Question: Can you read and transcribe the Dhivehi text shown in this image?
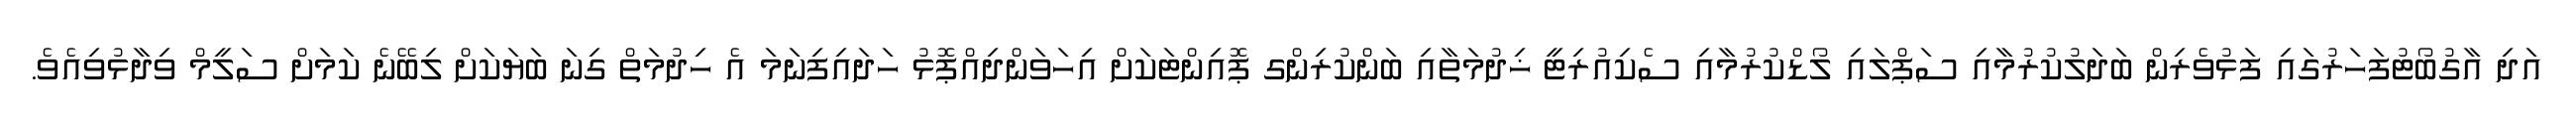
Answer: އަދި އާގުބޯޓުފަހަރުގައި ފަޅުވެރިން ބަދަލުކުރުމާއި ސަޕްލައި ލޯޑްކުރުމާއި ސެކިއުރިޓީ ޚިދުމަތާއި ބަންކުރިންގ ޕޮއިންޓަކަށް އިހަވަންދިއްޕޮޅު ހަދައިފިނަމަ އެ ހިދުމަތް ގިނަ ބަޔަކަށް ލިބޭނެ ކަމަށް ސަލީމް ވިދާޅުވިއެވެ.